Leaving Certificate Examination (including Day School Certificate (Higher) General paper), 1928
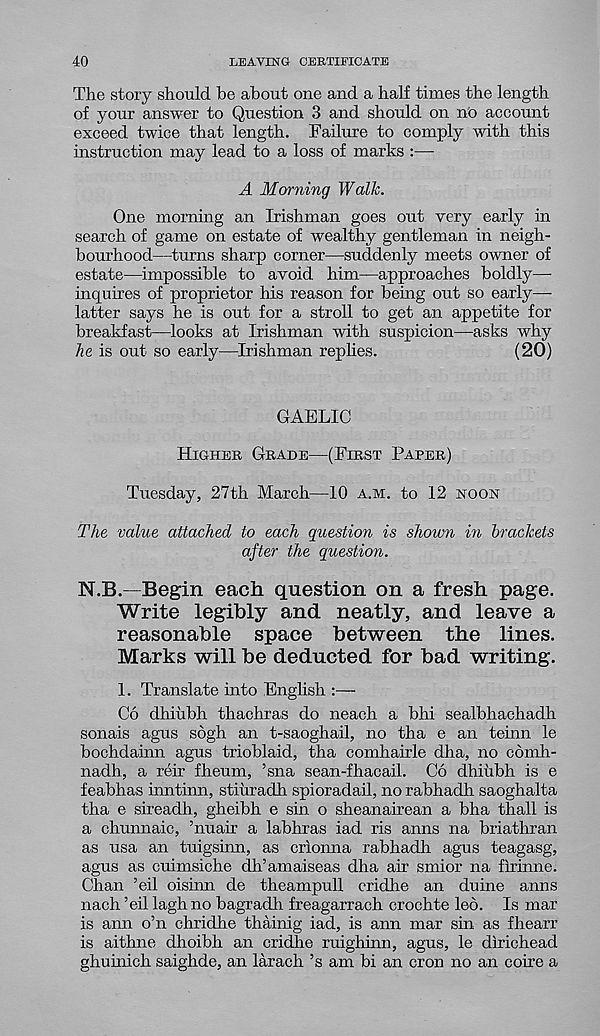
40
LEAVING CERTIFICATE
The story should be about one and a half times the length
of your answer to Question 3 and should on no account
exceed twice that length. Failure to comply with this
instruction may lead to a loss of marks :—
A Morning Walk.
One morning an Irishman goes out very early in
search of game on estate of wealthy gentleman in neigh-
bourhood—turns sharp corner—suddenly meets owner of
estate—impossible to avoid him—approaches boldly—
inquires of proprietor his reason for being out so early—
latter says he is out for a stroll to get an appetite for
breakfast—looks at Irishman with suspicion—asks why
he is out so early—Irishman rephes.
(20)
GAELIC
Higher Grade—(First Paper)
Tuesday, 27th March—10 a.m. to 12 noon
The value attached to each question is shown in brackets
after the question.
N.B.—Begin each question on a fresh page.
Write legibly and neatly, and leave a
reasonable space between the lines.
Marks will be deducted for bad writing.
1. Translate into English :—
Co dhiubh thachras do neach a bhi sealbhaehadh
sonais agus sbgh an t-saoghail, no tha e an teinn le
bochdainn agus trioblaid, tha comhairle dha, no cbmh-
nadh, a reir fheum, ’sna sean-fhacail. Co dhiubh is e
feabhas inntinn, stiuradh spioradail, no rabhadh saoghalta
tha e sireadh, gheibh e sin o sheanairean a bha thall is
a chunnaic, ’nuair a labhras iad ris anns na briathran
as usa an tuigsinn, as crionna rabhadh agus teagasg,
agus as cuimsiche dh’amaiseas dha air smior na firinne.
Chan ’eil oisinn de theampull criclhe an duine anns
nach ’eil lagh no bagradh freagarrach crochte led. Is mar
is ann o’n chridhe thainig iad, is aim mar sin as fhearr
is aithne dhoibh an cridhe ruighinn, agus, le dirichead
ghuinich saighde, an larach’s am bi an cron no an coire a